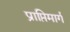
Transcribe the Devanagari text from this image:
प्राप्तिमार्ग